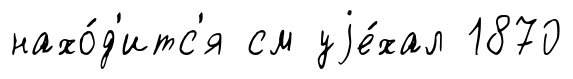
нахо́д'итс'я см уjе́хал 1870